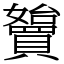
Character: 𡤓